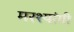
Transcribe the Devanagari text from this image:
मरश्यांगी